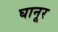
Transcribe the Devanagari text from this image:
घानूर